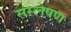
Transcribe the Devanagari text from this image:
संस्लेषण